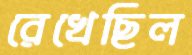
রেখেছিল